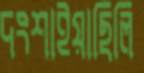
দংশাইয়াছিলি